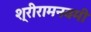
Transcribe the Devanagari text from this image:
श्रीरामनवमी